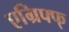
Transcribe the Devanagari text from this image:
एग्रिफ्फ्